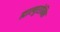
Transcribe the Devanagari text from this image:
ह्याल्युरोनिक